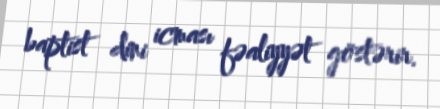
baptist dini icması fəaliyyət göstərir.